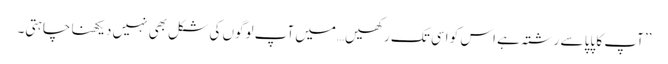
’’آپ کا پاپا سے رشتہ ہے اس کو اسی تک رکھیں…میں آپ لوگوں کی شکل بھی نہیں دیکھنا چاہتی۔